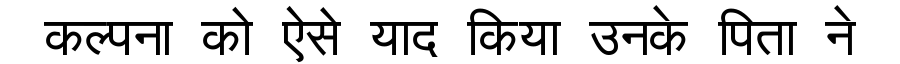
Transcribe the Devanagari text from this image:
कल्पना को ऐसे याद किया उनके पिता ने